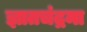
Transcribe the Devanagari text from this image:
ज्ञातचंद्रमा